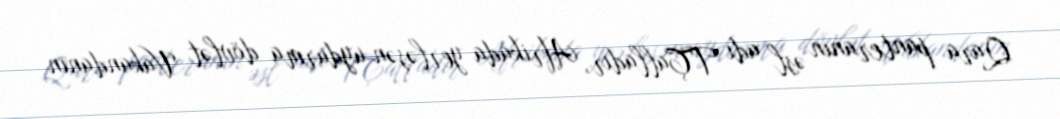
Qara panteranın əsl adı T'Çalladır, Afrikada yerləşən uydurma dövlət Vakandanın